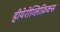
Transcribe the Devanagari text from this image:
हीयेरोग्लिफ़िक्स